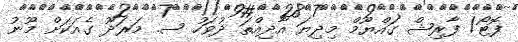
ފޮޓޯ/ ފާރިޝް ގައްޔޫމް މިދިޔަ އާދިއްތަ ދުވަހު ސ. މަރަދޫ ގެއަކަށް މޫނު